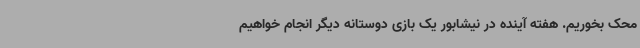
محک بخوریم. هفته آینده در نیشابور یک بازی دوستانه دیگر انجام خواهیم